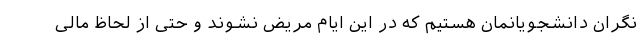
نگران دانشجویانمان هستیم که در این ایام مریض نشوند و حتی از لحاظ مالی